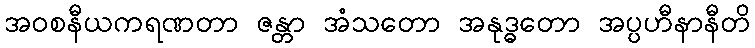
အဝစနီယကရဏတာ ဇန္တာ အံသတော အနုဒ္ဓတော အပ္ပဟီနာနီတိ